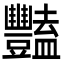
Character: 豔